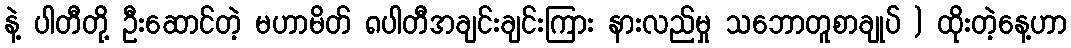
နဲ့ ပါတီတို့ ဦးဆောင်တဲ့ မဟာမိတ် ၈ပါတီအချင်းချင်းကြား နားလည်မှု သဘောတူစာချုပ် ) ထိုးတဲ့နေ့ဟာ